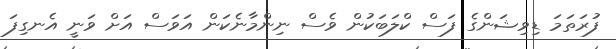
ފުރަތަމަ ޑިވިޝަންގެ ފަސް ކްލަބަކުން ވެސް ނިންމާނެކަން އަވަސް އަށް ވަނީ އެނގިފަ